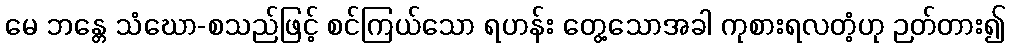
မေ ဘန္တေ သံဃော-စသည်ဖြင့် စင်ကြယ်သော ရဟန်း တွေ့သောအခါ ကုစားရလတံ့ဟု ဉတ်တား၍